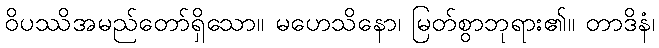
ဝိပဿိအမည်တော်ရှိသော။ မဟေသိနော၊ မြတ်စွာဘုရား၏။ တာဒိနံ၊